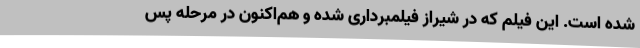
شده است. این فیلم که در شیراز فیلمبرداری شده و هم‌اکنون در مرحله پس